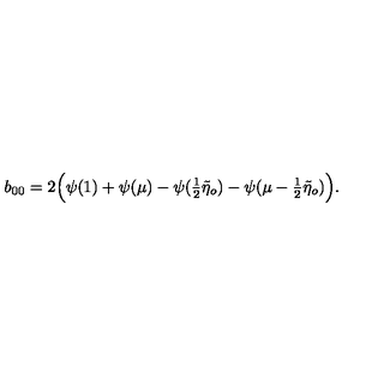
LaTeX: b _ { 0 0 } = 2 \Bigl ( \psi ( 1 ) + \psi ( \mu ) - \psi ( { \textstyle { \frac { 1 } { 2 } } } \tilde { \eta } _ { o } ) - \psi ( \mu - { \textstyle { \frac { 1 } { 2 } } } \tilde { \eta } _ { o } ) \Bigl ) .